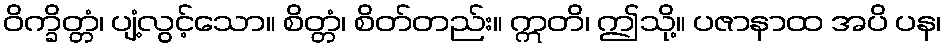
ဝိက္ခိတ္တံ၊ ပျံ့လွင့်သော။ စိတ္တံ၊ စိတ်တည်း။ ဣတိ၊ ဤသို့။ ပဇာနာထ အပိ ပန၊